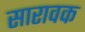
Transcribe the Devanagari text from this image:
सारावक